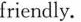
friendly.